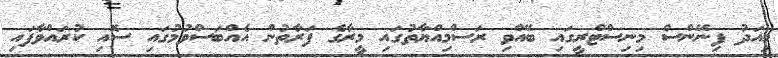
މިއަދު ފިނޭންސް މިނިސްޓްރީގައި ބޭއްވި ރަސްމިއްޔާތުގައި މީރާގެ ފަރާތުން އެއްބަސްވުމުގައި ސޮއި ކުރައްވާފައި